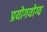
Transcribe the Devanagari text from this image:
प्रयोगयोग्य